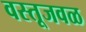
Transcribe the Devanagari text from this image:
वस्तूजवळ